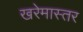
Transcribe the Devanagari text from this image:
खरेमास्तर